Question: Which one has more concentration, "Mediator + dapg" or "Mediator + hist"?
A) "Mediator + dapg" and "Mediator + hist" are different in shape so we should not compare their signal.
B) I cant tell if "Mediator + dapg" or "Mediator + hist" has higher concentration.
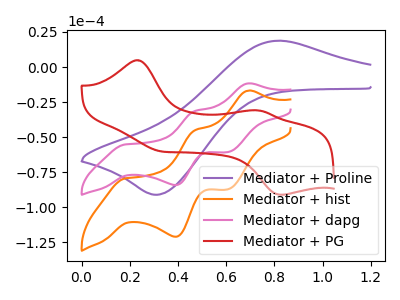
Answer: <think>The purple curve "Mediator + Proline" has an anodic peak at (0.80V, 18.75uA) and a cathodic peak at (0.30V, -91.00uA). The orange curve "Mediator + hist" has anodic peaks at (0.70V, -16.80uA) (0.45V, -45.05uA) and cathodic peaks at (0.20V, -79.35uA) (0.40V, -121.00uA) (0.60V, -87.20uA). The pink curve "Mediator + dapg" has anodic peaks at (0.70V, -11.70uA) (0.45V, -31.35uA) and cathodic peaks at (0.20V, -55.20uA) (0.40V, -84.15uA) (0.60V, -60.65uA). The red curve "Mediator + PG" has anodic peaks at (0.25V, 4.85uA) (0.75V, -30.90uA) and cathodic peaks at (0.30V, -60.00uA) (0.85V, -91.10uA).
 All the peaks in "Mediator + dapg" have a peak in "Mediator + hist" at the same potential.</think>
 <answer>B) I cant tell if "Mediator + dapg" or "Mediator + hist" has higher concentration.</answer>
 <eval>B</eval>